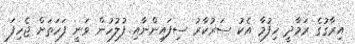
އިރާގުގެ ރަމާދީ ހިފުމާ އެކު ސަރުކާރު ސިފައިންނާއި ފުލުހުން ވަނީ ފަހަތަށް ޖެހިފަ